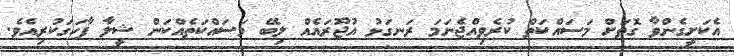
އެކަށީގެންވާ ގޮތަށް މަސައްކަތް ކުރެވިއްޖެނަމަ ރަނގަޅު އުޖޫރައެއް ލިބޭ މަސައްކަތެއްކަން ޝީލާ ފާހަގަކުރިއެވެ.